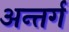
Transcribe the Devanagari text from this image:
अन्तर्ग